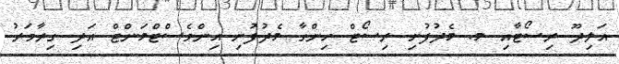
އަލިދޫ ރިސޯޓާއި މ. މެދުފުށި ރިސޯޓް ހިންގާ މެދުފުށި އިންވެސްޓްމަންޓް އަދި ގިރާވަރު